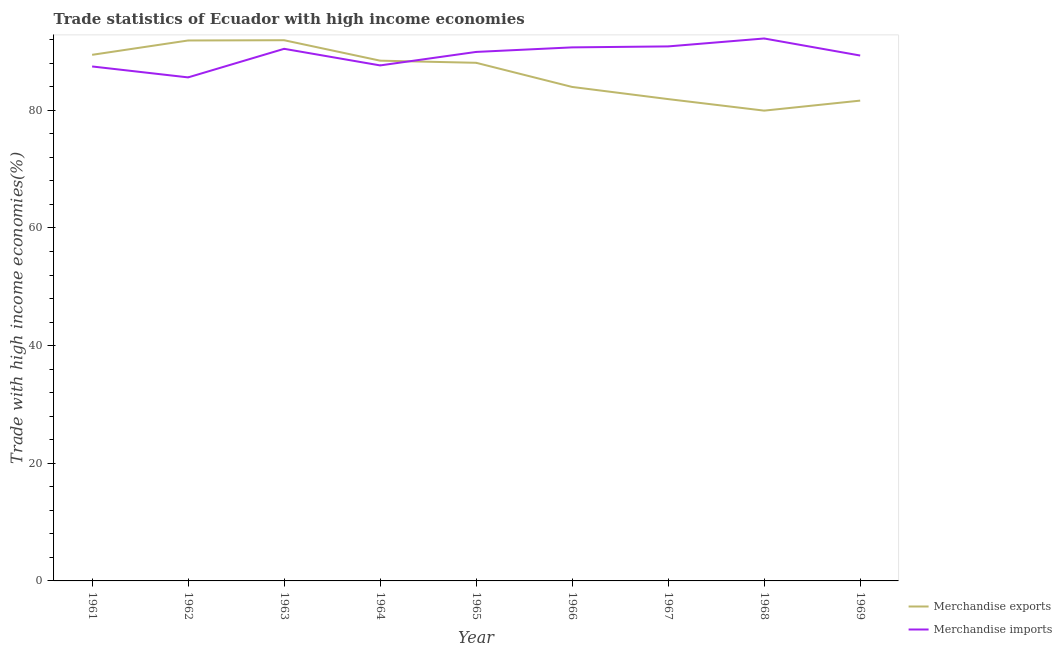
| Year | Merchandise exports | Merchandise imports |
 | --- | --- | --- |
 | 1961 | 89.4 | 87.4 |
 | 1962 | 91.9 | 85.6 |
 | 1963 | 91.9 | 90.4 |
 | 1964 | 88.4 | 87.6 |
 | 1965 | 88.1 | 89.9 |
 | 1966 | 84 | 90.7 |
 | 1967 | 81.9 | 90.9 |
 | 1968 | 79.9 | 92.2 |
 | 1969 | 81.6 | 89.3 |